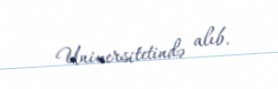
Universitetində alıb.